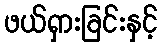
ဖယ်ရှားခြင်းနှင့်